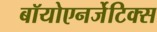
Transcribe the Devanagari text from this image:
बॉयोएनर्जेटिक्स